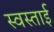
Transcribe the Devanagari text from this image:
स्वस्ताई